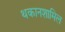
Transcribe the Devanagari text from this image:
थकानशामिल